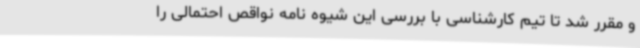
و مقرر شد تا تیم کارشناسی با بررسی این شیوه نامه نواقص احتمالی را